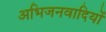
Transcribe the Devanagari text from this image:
अभिजनवादियों